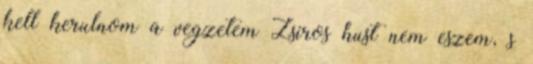
kell kerulnom a vegzetem Zsiros hust nem eszem, s